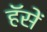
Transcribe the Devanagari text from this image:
हॅसें